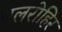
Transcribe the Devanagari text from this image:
एलरोहिर